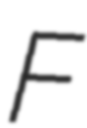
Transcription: F